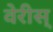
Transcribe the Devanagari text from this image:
वेरीस्